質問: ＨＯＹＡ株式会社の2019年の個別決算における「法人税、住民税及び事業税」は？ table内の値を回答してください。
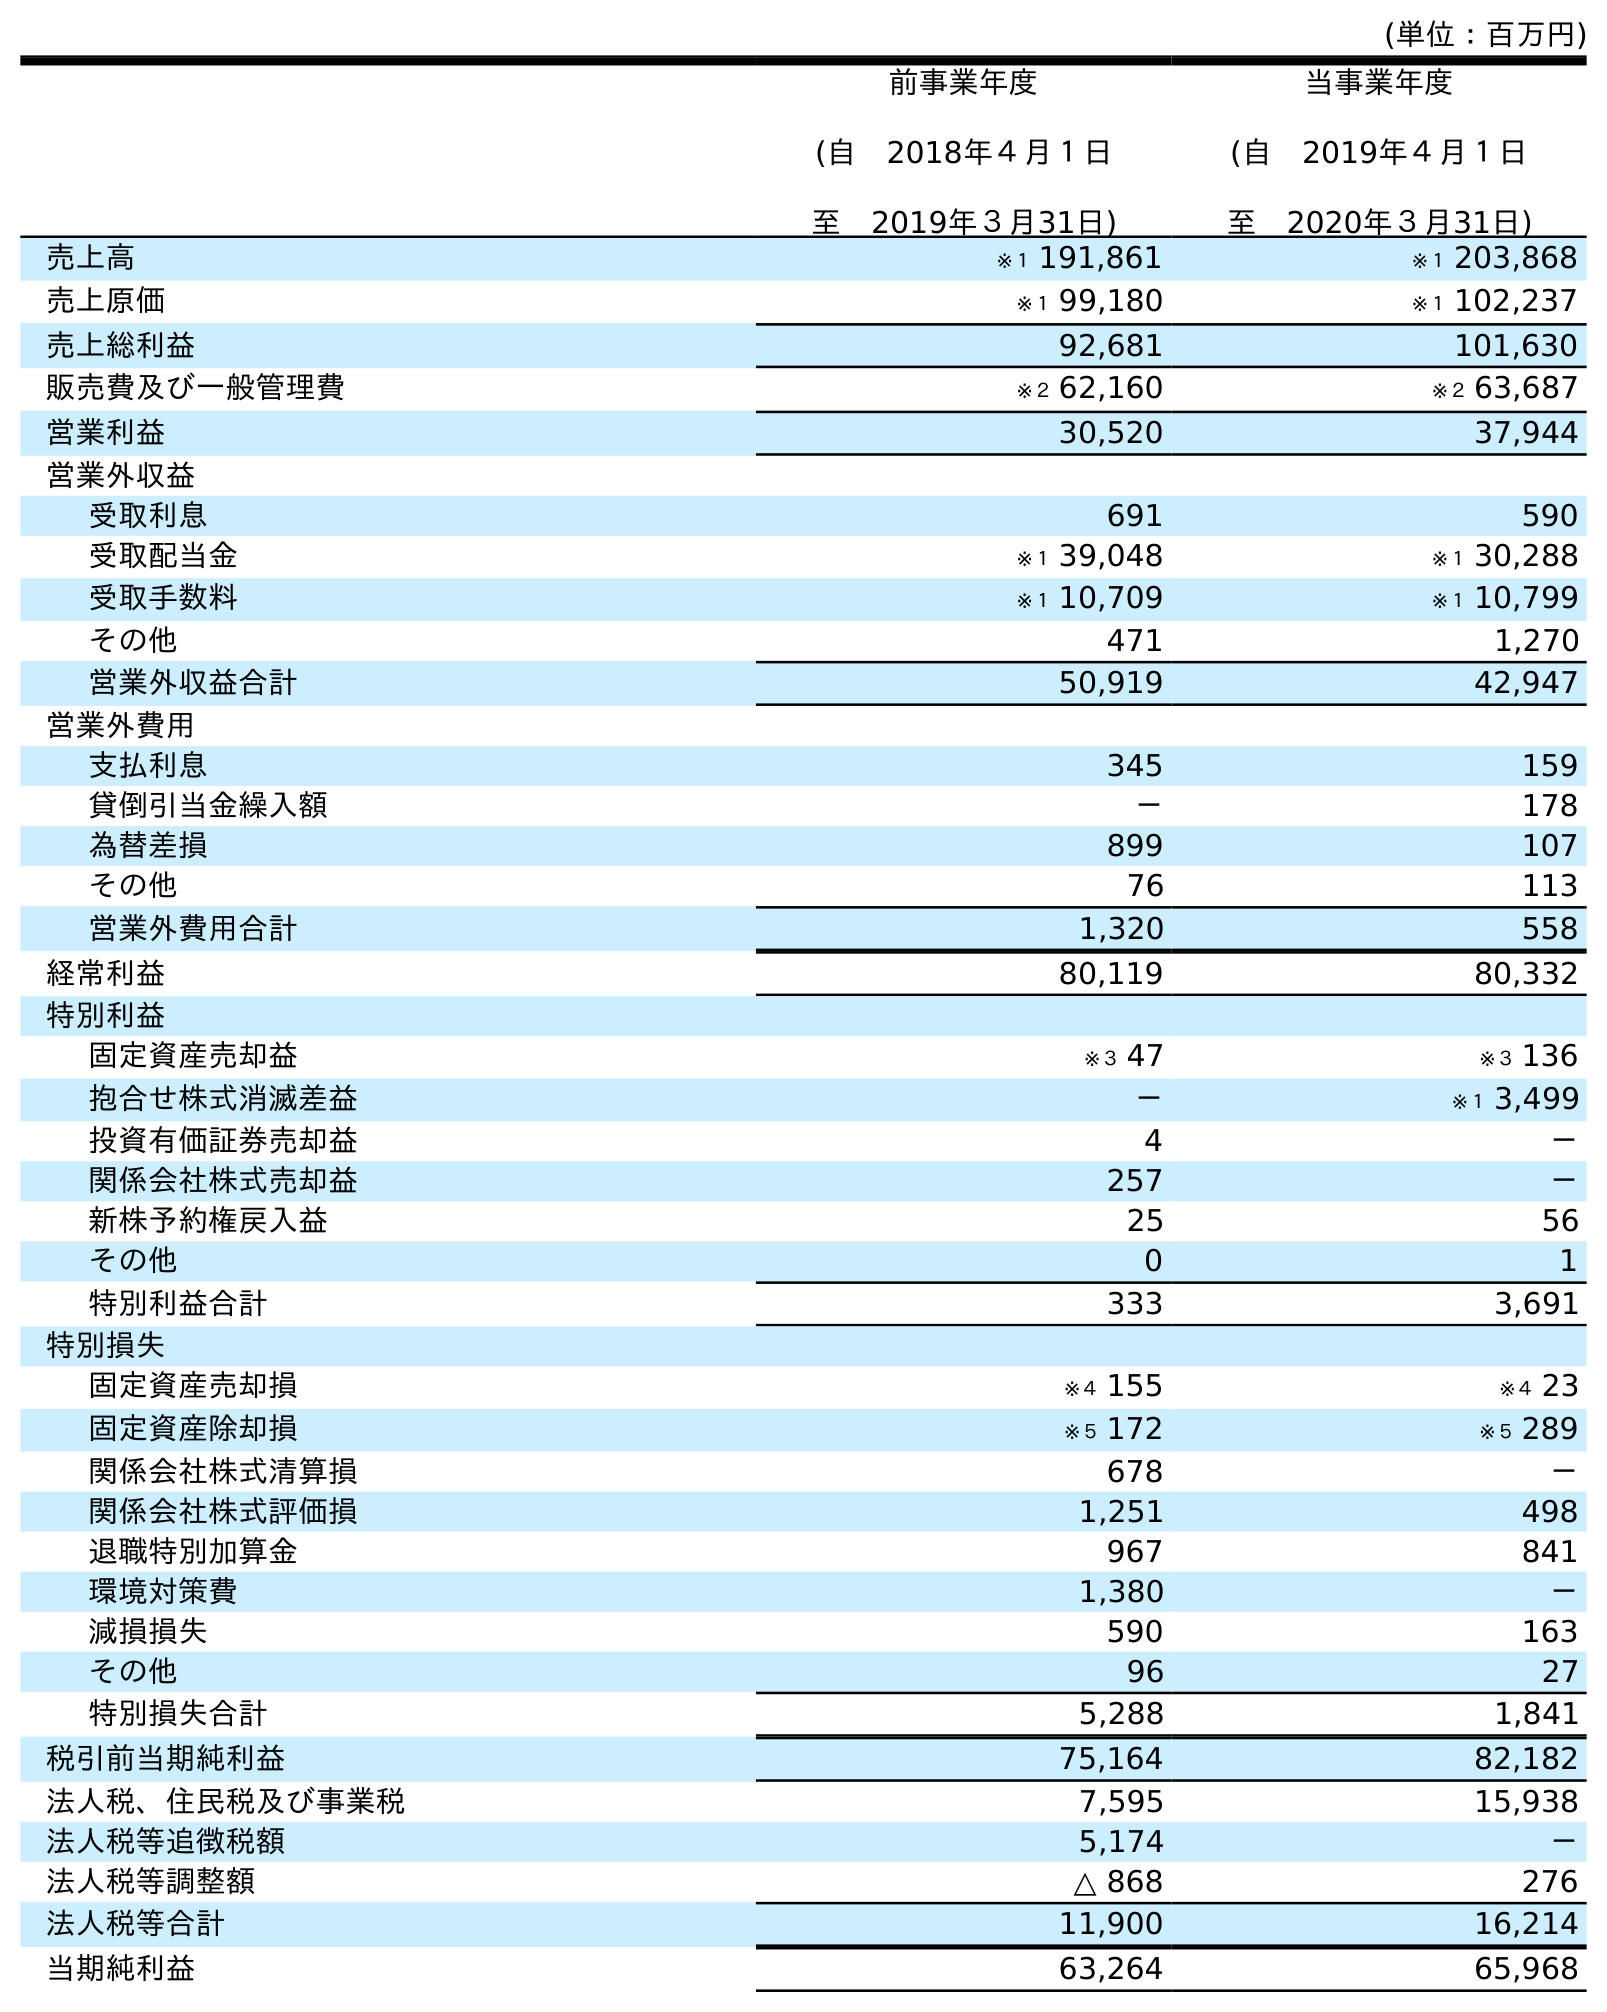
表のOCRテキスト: (単位：百万円) 前事業年度 (自 2018年４月１日 至 2019年３月31日) 当事業年度 (自 2019年４月１日 至 2020年３月31日) 売上高 ※１ 191,861 ※１ 203,868 売上原価 ※１ 99,180 ※１ 102,237 売上総利益 92,681 101,630 販売費及び一般管理費 ※２ 62,160 ※２ 63,687 営業利益 30,520 37,944 営業外収益 受取利息 691 590 受取配当金 ※１ 39,048 ※１ 30,288 受取手数料 ※１ 10,709 ※１ 10,799 その他 471 1,270 営業外収益合計 50,919 42,947 営業外費用 支払利息 345 159 貸倒引当金繰入額 － 178 為替差損 899 107 その他 76 113 営業外費用合計 1,320 558 経常利益 80,119 80,332 特別利益 固定資産売却益 ※３ 47 ※３ 136 抱合せ株式消滅差益 － ※１ 3,499 投資有価証券売却益 4 － 関係会社株式売却益 257 － 新株予約権戻入益 25 56 その他 0 1 特別利益合計 333 3,691 特別損失 固定資産売却損 ※４ 155 ※４ 23 固定資産除却損 ※５ 172 ※５ 289 関係会社株式清算損 678 － 関係会社株式評価損 1,251 498 退職特別加算金 967 841 環境対策費 1,380 － 減損損失 590 163 その他 96 27 特別損失合計 5,288 1,841 税引前当期純利益 75,164 82,182 法人税、住民税及び事業税 7,595 15,938 法人税等追徴税額 5,174 － 法人税等調整額 △ 868 276 法人税等合計 11,900 16,214 当期純利益 63,264 65,968
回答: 7,595